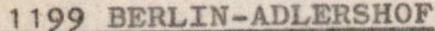
1199 BERLIN-ADLERSHOF